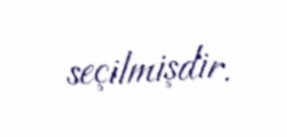
seçilmişdir.